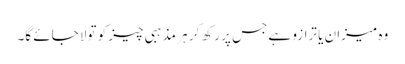
وہ میزان یا ترازو ہے جس پر رکھ کر ہر مذہبی چیز کو تولا جائے گا۔